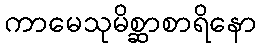
ကာမေသုမိစ္ဆာစာရိနော